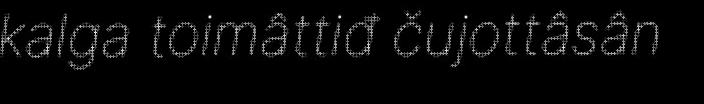
kalga toimâttiđ čujottâsân